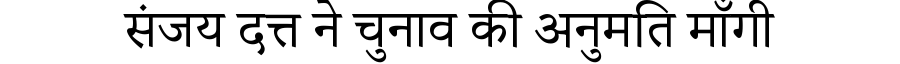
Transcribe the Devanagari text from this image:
संजय दत्त ने चुनाव की अनुमति माँगी